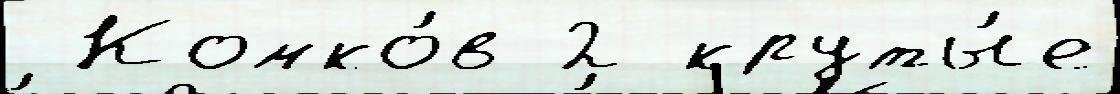
 Комко́в 2 круты́е